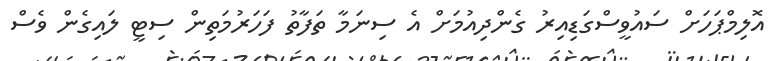
އޮލިމްޕަހަށް ސައުވީސްގަޑިއިރު ގެންދިއުމަށް އެ ސިނަމާ ތަފާތު ފަހަރުމަތިން ސިޓީ ލައިގެން ވެސް